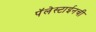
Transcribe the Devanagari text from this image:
पॅलेस्टाईनची